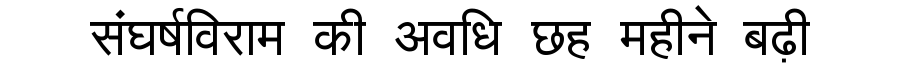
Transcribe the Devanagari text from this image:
संघर्षविराम की अवधि छह महीने बढ़ी